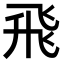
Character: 飛